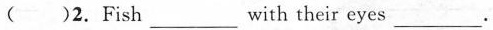
( )2.Fish ___ with their eyes ___ .